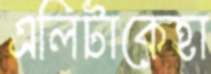
এলিটাকেহা